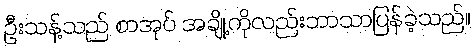
ဦးသန့်သည် စာအုပ် အချို့ကိုလည်းဘာသာပြန်ခဲ့သည်။